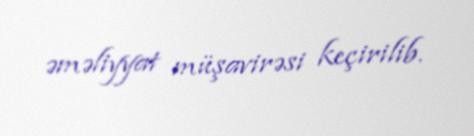
əməliyyat müşavirəsi keçirilib.